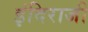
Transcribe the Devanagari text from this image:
इंदिराजी